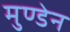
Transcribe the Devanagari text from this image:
मुण्‍डेन